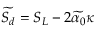
\widetilde { S _ { d } } = S _ { L } - 2 \widetilde { \alpha _ { 0 } } \kappa